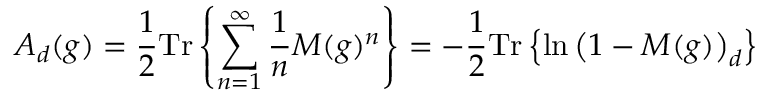
A _ { d } ( g ) = \frac { 1 } { 2 } \mathrm { T r } \left\{ \sum _ { n = 1 } ^ { \infty } { \frac { 1 } { n } } M ( g ) ^ { n } \right\} = - \frac { 1 } { 2 } \mathrm { T r } \left\{ \ln \left( 1 - M ( g ) \right) _ { d } \right\}